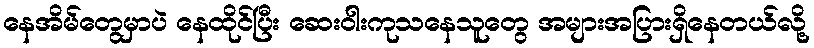
နေအိမ်တွေမှာပဲ နေထိုင်ပြီး ဆေးဝါးကုသနေသူတွေ အများအပြားရှိနေတယ်လို့